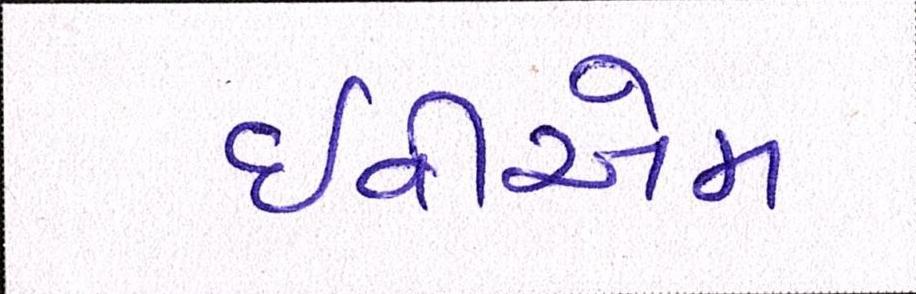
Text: ઇવીએમ